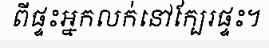
ពីផ្ទះអ្នកលក់នៅក្បែរផ្ទះ។